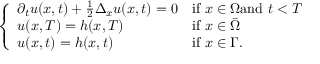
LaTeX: \left\{ \begin{array} { l l } { \partial _ { t } u ( x , t ) + { \frac { 1 } { 2 } } \Delta _ { x } u ( x , t ) = 0 } & { { \mathrm { i f ~ } } x \in \Omega { \mathrm { a n d ~ } } t < T } \\ { u ( x , T ) = h ( x , T ) } & { { \mathrm { i f ~ } } x \in { \bar { \Omega } } } \\ { u ( x , t ) = h ( x , t ) } & { { \mathrm { i f ~ } } x \in \Gamma . } \end{array} \right.